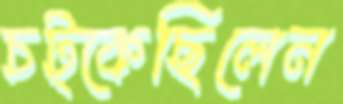
চট্‌কেছিলেন